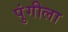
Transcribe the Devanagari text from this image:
पुंगीला